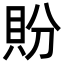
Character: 𬥏